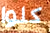
كلوا